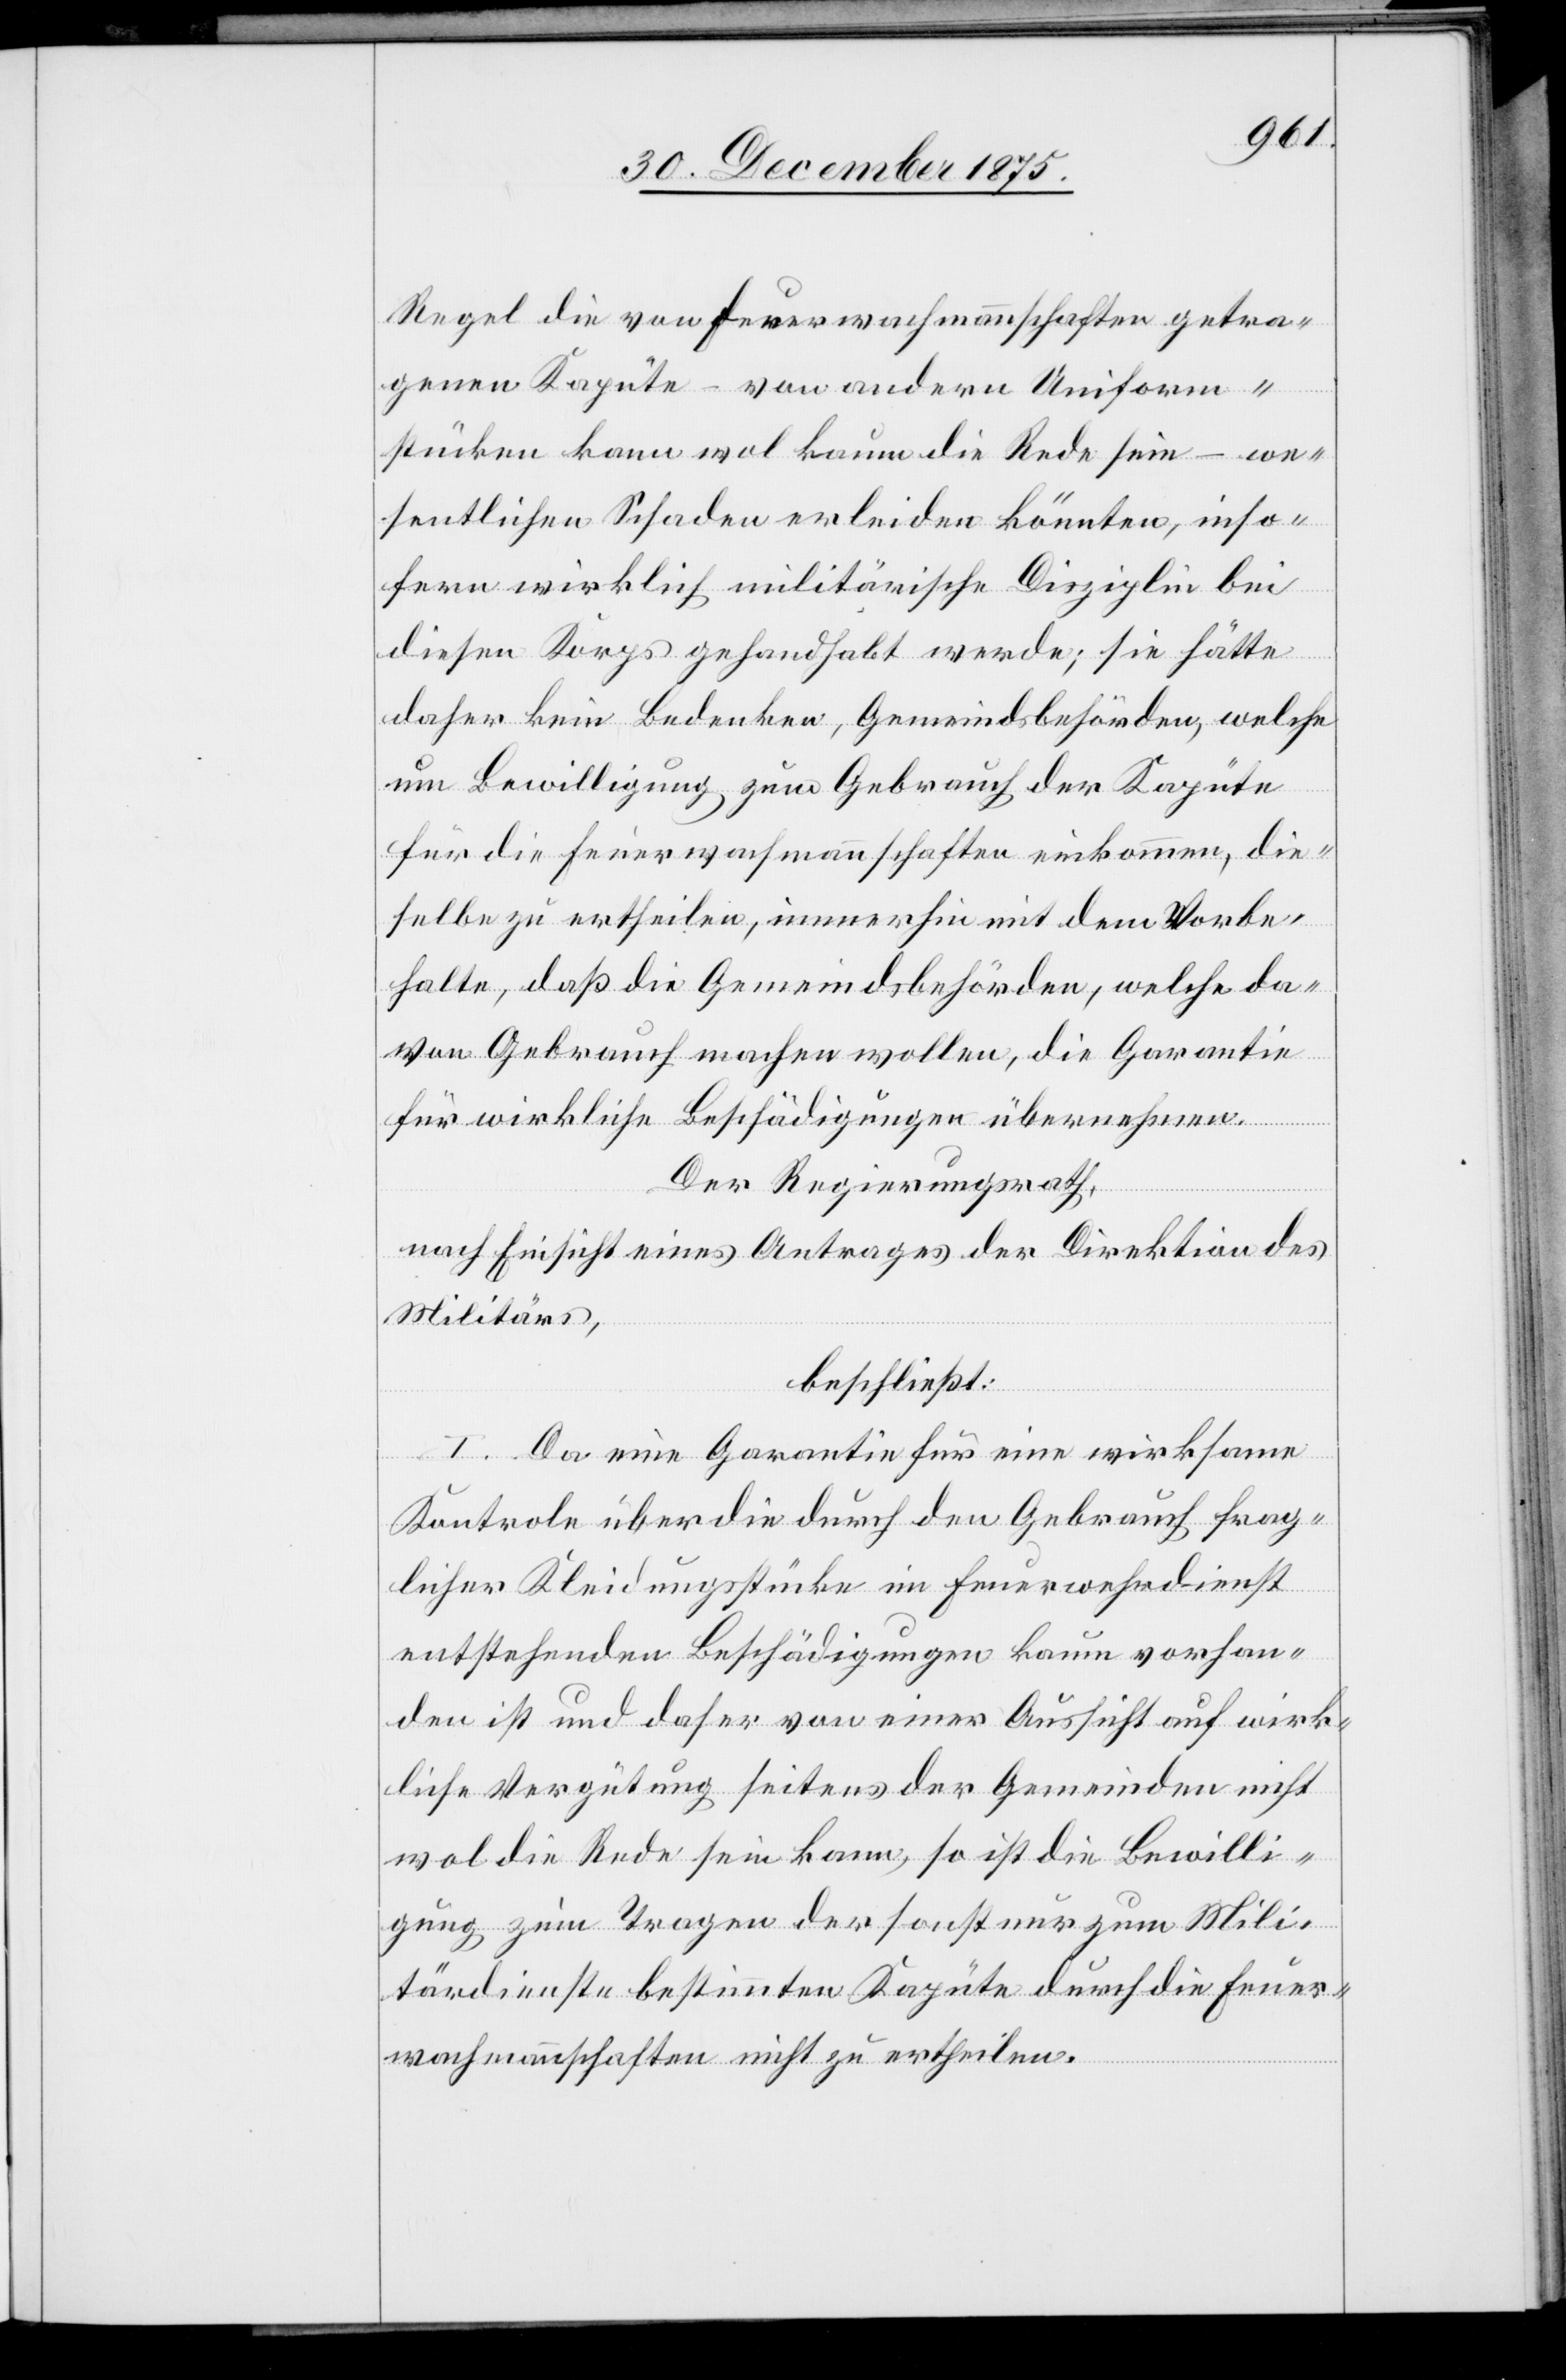
Regel die von Feuerwachmannschaften getra¬
genen Kapute – von andern Uniform¬
stücken kann wol kaum die Rede sein – we¬
sentlichen Schaden erleiden könnten, inso¬
fern wirklich militärische Disziplin bei
diesen Korps gehandhabt werde; sie hätte
daher kein Bedenken, Gemeindsbehörden, welche
um Bewilligung zum Gebrauch der Kapute
für die Feuerwachmannschaften einkommen, die¬
selbe zu ertheilen, immerhin mit dem Vorbe¬
halte, daß die Gemeindsbehörden, welche da¬
von Gebrauch machen wollen, die Garantie
für wirkliche Beschädigungen übernehmen.
Der Regierungsrath,
nach Einsicht eines Antrages der Direktion des
Militärs,
beschließt:
I. Da eine Garantie für eine wirksame
Kontrole über die durch den Gebrauch frag¬
licher Kleidungsstücke im Feuerwehrdienst
entstehenden Beschädigungen kaum vorhan¬
den ist und daher von einer Aussicht auf wirk¬
liche Vergütung seitens der Gemeinden nicht
wol die Rede sein kann, so ist die Bewilli¬
gung zum Tragen der sonst nur zum Mili¬
tärdienste bestimmten Kapute durch die Feuer¬
wachmannschaften nicht zu ertheilen.